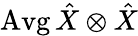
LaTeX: \operatorname{Avg}\hat{X}\otimes\hat{X}